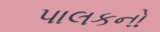
પાલકનો